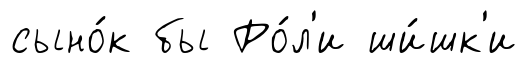
сыно́к бы Ро́л'и ши́шк'и